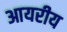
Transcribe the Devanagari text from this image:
आयरीय